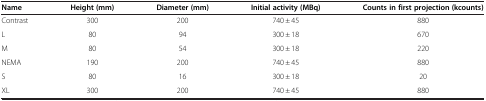
| Name | Height (mm) | Diameter (mm) | Initial activity (MBq) | Counts in first projection (kcounts) |
 | --- | --- | --- | --- | --- |
 | Contrast | 300 | 200 | 740 ± 45 | 880 |
 | L | 80 | 94 | 300 ± 18 | 670 |
 | M | 80 | 54 | 300 ± 18 | 220 |
 | NEMA | 190 | 200 | 740 ± 45 | 880 |
 | S | 80 | 16 | 300 ± 18 | 20 |
 | XL | 300 | 200 | 740 ± 45 | 880 |